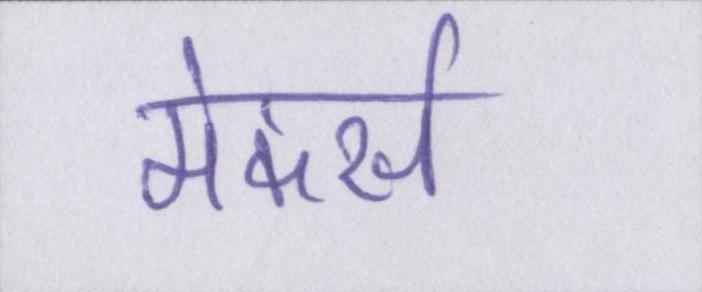
मेकर्स